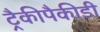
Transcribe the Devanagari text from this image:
ट्रैकीपैकीडी